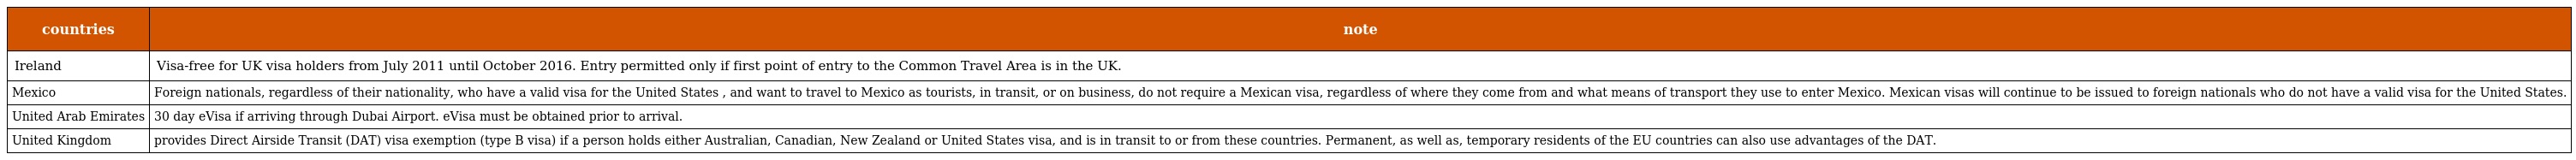
| countries | note |
 | --- | --- |
 | Ireland | Visa-free for UK visa holders from July 2011 until October 2016. Entry permitted only if first point of entry to the Common Travel Area is in the UK. |
 | Mexico | Foreign nationals, regardless of their nationality, who have a valid visa for the United States , and want to travel to Mexico as tourists, in transit, or on business, do not require a Mexican visa, regardless of where they come from and what means of transport they use to enter Mexico. Mexican visas will continue to be issued to foreign nationals who do not have a valid visa for the United States. |
 | United Arab Emirates | 30 day eVisa if arriving through Dubai Airport. eVisa must be obtained prior to arrival. |
 | United Kingdom | provides Direct Airside Transit (DAT) visa exemption (type B visa) if a person holds either Australian, Canadian, New Zealand or United States visa, and is in transit to or from these countries. Permanent, as well as, temporary residents of the EU countries can also use advantages of the DAT. |